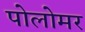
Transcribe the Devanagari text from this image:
पोलोमर